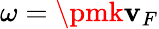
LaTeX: \omega=\pmk\mathbf{v}_{F}